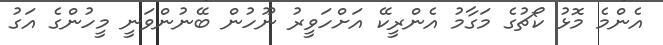
އެންމެ މޮޅު ކޯޗުގެ މަގާމު އެންރީކޭ އަށްހަވީރު ނޫހުން ބޭނުންވަނީ މީހުންގެ އަގު